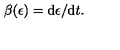
\beta ( \epsilon ) = \mathrm { d } \epsilon / \mathrm { d } t .